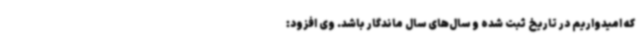
که امیدواریم در تاریخ ثبت شده و سال‌های سال ماندگار باشد. وی افزود: